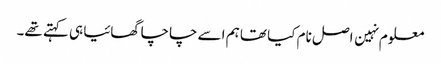
معلوم نہین اصل نام کیا تھا ہم اسے چاچا گھائیا ہی کہتے تھے۔